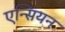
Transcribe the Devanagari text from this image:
एन्सियन